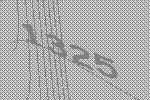
1325